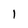
Character: 1